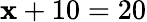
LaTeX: \mathbf{x}+10=20